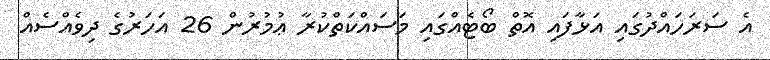
އެ ސަރަހައްދުގައި އަޅާފައި އޮތް ބޯޓެއްގައި މަސައްކަތްކުރާ ޢުމުރުން 26 އަހަރުގެ ދިވެއްސެއް